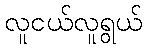
လူငယ်လူရွယ်